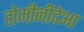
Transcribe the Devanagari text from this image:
होमीनीदेआ